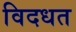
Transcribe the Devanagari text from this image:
विदधत